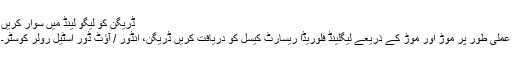
ڈریگن کو لیگو لینڈ میں سوار کریں
عملی طور پر موڑ اور موڑ کے ذریعے لیگلینڈ فلوریڈا ریسارٹ کیسل کو دریافت کریں ڈریگن، انڈور / آؤٹ ڈور اسٹیل رولر کوسٹر۔